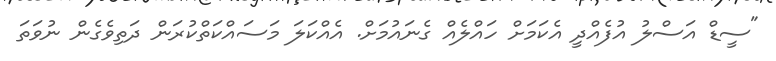
"ސީޑް އަސްލު އުފެއްދީ އެކަމަށް ހައްލެއް ގެނައުމަށް. އެއްކަލަ މަސައްކަތްކުރަން ދަތިވެގެން ނުވަތަ